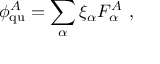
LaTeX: \phi _ { \mathrm { q u } } ^ { A } = \sum _ { \alpha } \xi _ { \alpha } F _ { \alpha } ^ { A } \ ,